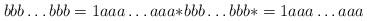
LaTeX: \begin{align*} bbb\dots bbb = 1aaa\dots aaa{*} bbb\dots bbb* = 1aaa\dots aaa \end{align*}